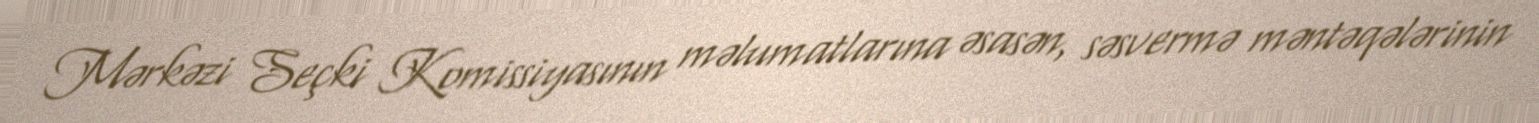
Mərkəzi Seçki Komissiyasının məlumatlarına əsasən, səsvermə məntəqələrinin